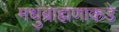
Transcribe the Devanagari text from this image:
मधुब्राह्मणाकडे